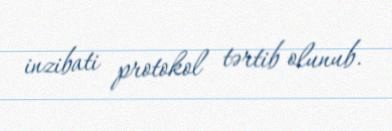
inzibati protokol tərtib olunub.